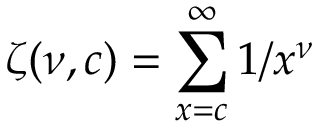
\zeta ( \nu , c ) = \sum _ { x = c } ^ { \infty } 1 / x ^ { \nu }